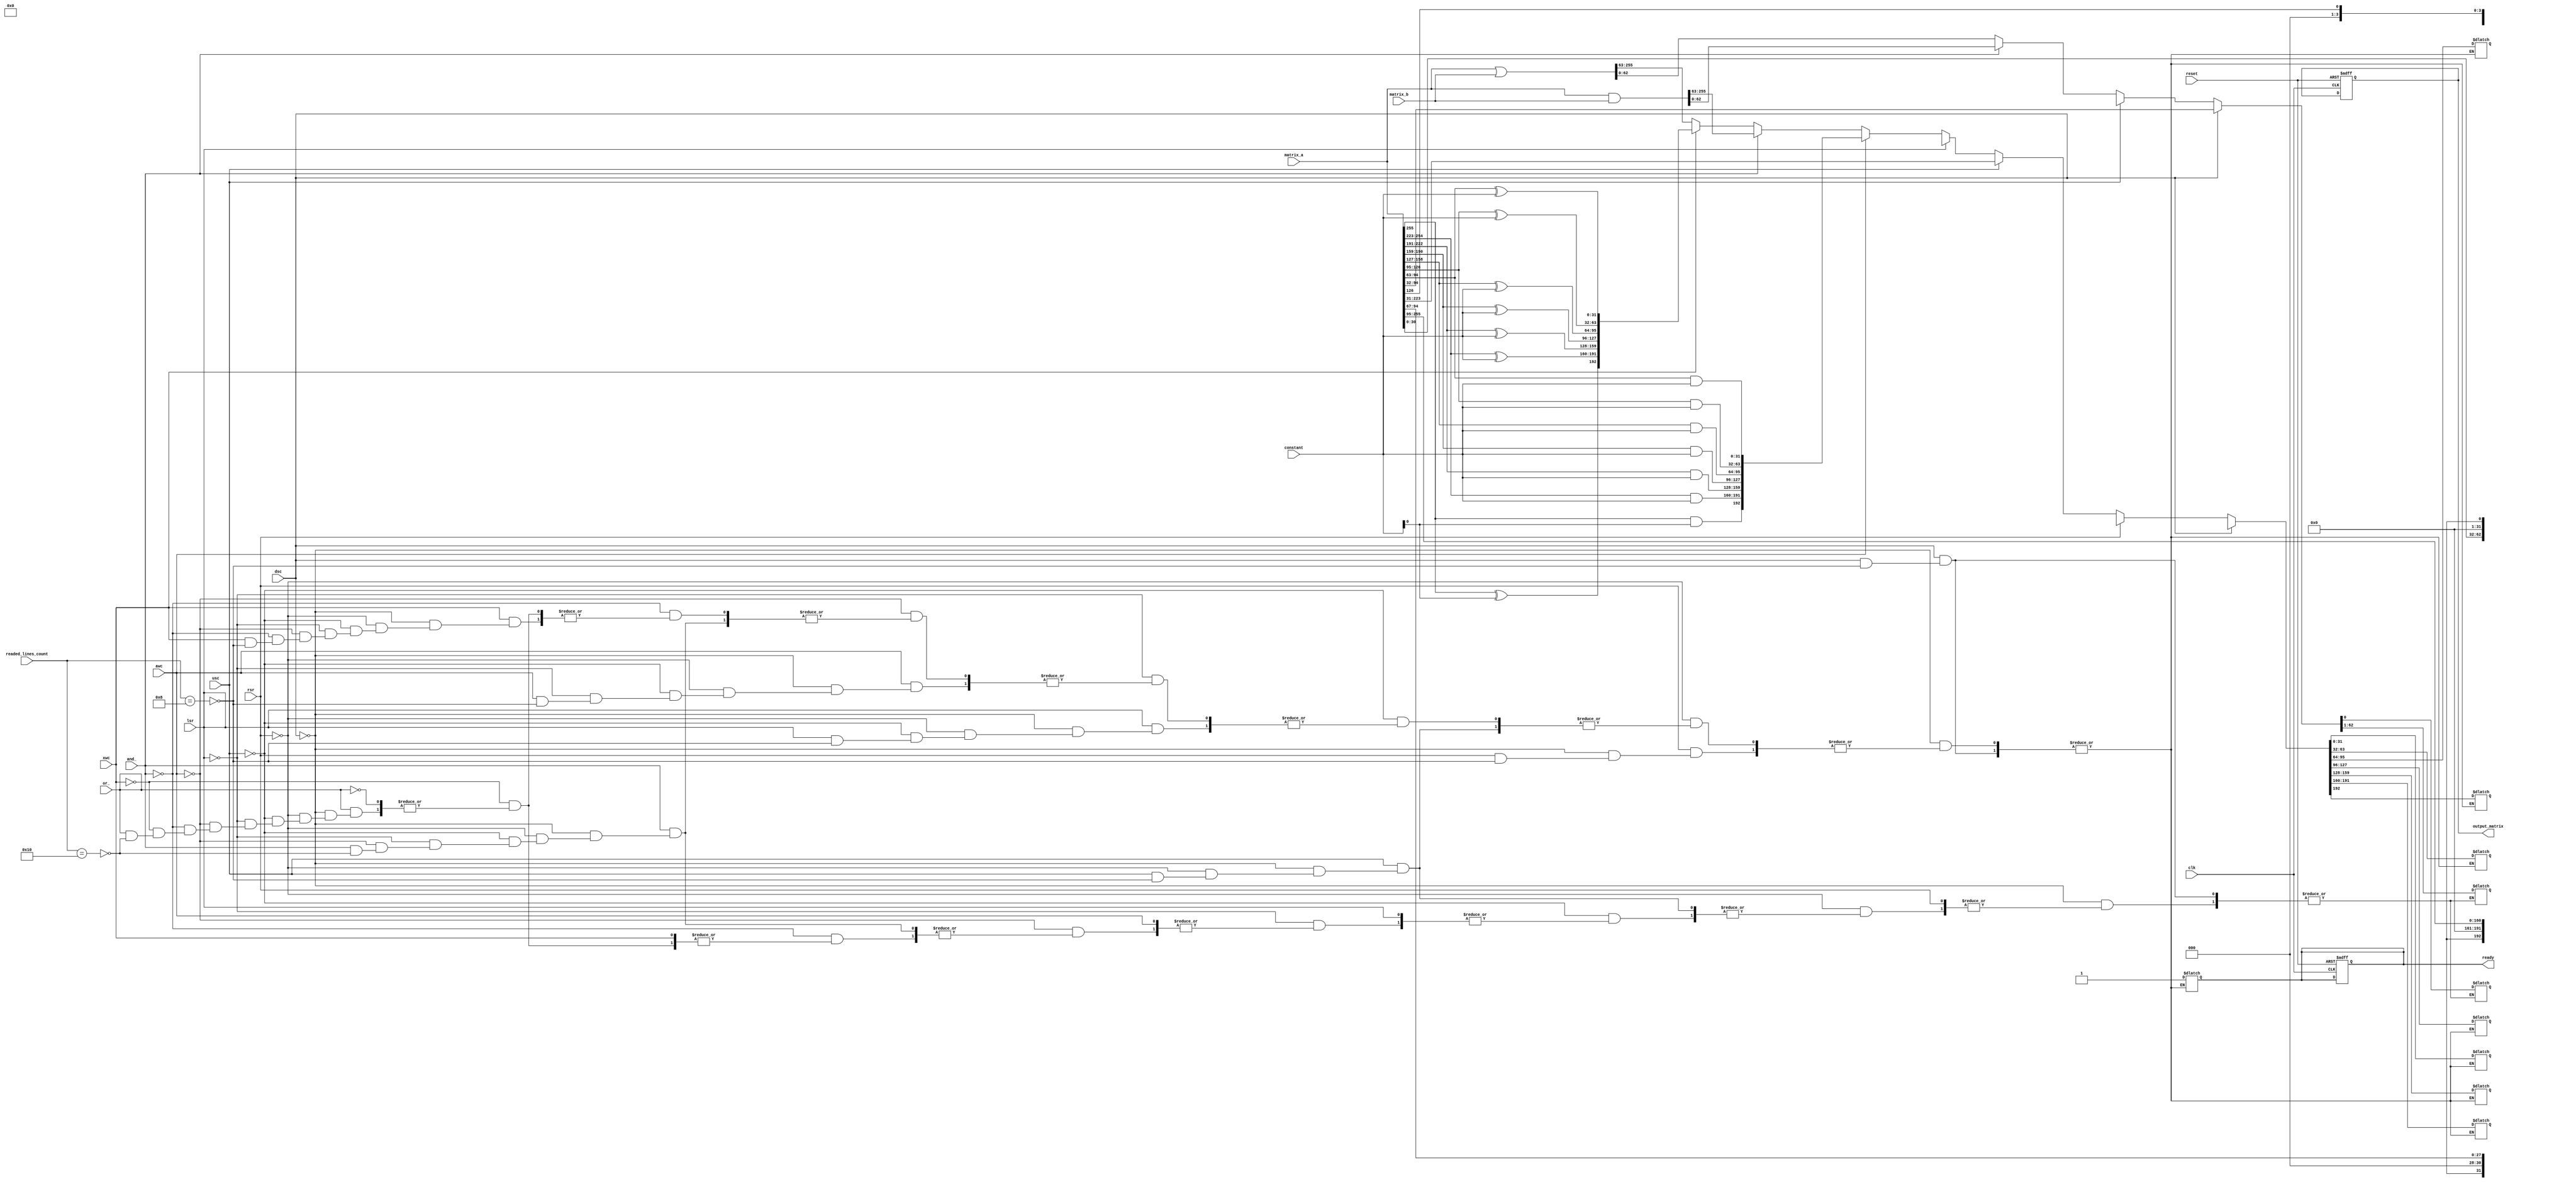
module logical_unit(
    input clk,
    input reset,
    input [7:0] readed_lines_count,
    input [255:0] matrix_a,
    input [255:0] matrix_b,
    input [31:0] constant,
    input dsc,
    input rsr,
    input usc,
    input lsr,
    input awc,
    input and_,
    input xwc,
    input or_,

    output reg ready,
    output reg [255:0] output_matrix

);

integer i;

reg [31:0] tmp_row;
reg [3:0] tmp_item;

always @(clk)
begin
    case (1)
        dsc: begin
            if (readed_lines_count == 8) begin
                tmp_row = matrix_a[0-:32];
                output_matrix = matrix_a >> 32;
                output_matrix[255+:32] = tmp_row;
                ready = 1;            
            end
        end
        rsr: begin
            if (readed_lines_count == 8) begin
                for (i = 0; i < 7; i = i + 1) begin
                    tmp_row = matrix_a[(255 - (32 * i))+:32];
                    tmp_item = tmp_row[0-:4];
                    tmp_row = tmp_row >> 4;
                    tmp_row[31+:4] = tmp_item;
                    output_matrix[(255 - (32 * i))+:32] = tmp_row;
                end
                ready = 1;
            end
        end
        usc: begin
            if (readed_lines_count == 8) begin
                tmp_row = matrix_a[255+:32];
                output_matrix = matrix_a << 32;
                output_matrix[0-:32] = tmp_row;
                ready = 1;
            end
        end
        lsr: begin
            if (readed_lines_count == 8) begin
                for (i = 0; i < 7; i = i + 1) begin
                    tmp_row = matrix_a[(255 - (32 * i))+:32];
                    tmp_item = tmp_row[31+:4];
                    tmp_row = tmp_row << 4;
                    tmp_row[0-:4] = tmp_item;
                    output_matrix[(255 - (32 * i))+:32] = tmp_row;
                end
                ready = 1;
            end
        end
        awc: begin
            if (readed_lines_count == 8) begin
                for (i = 0; i < 7; i = i + 1) begin
                    tmp_row = matrix_a[(255 - (32 * i))+:32];
                    tmp_row = tmp_row & constant;
                    output_matrix[(255 - (32 * i))+:32] = tmp_row;
                end
                ready = 1;
            end
        end
        and_: begin
            if (readed_lines_count == 16) begin
                output_matrix = matrix_a & matrix_b;
                ready = 1;
            end
        end
        xwc: begin
            if (readed_lines_count == 8) begin
                for (i = 0; i < 7; i = i + 1) begin
                    tmp_row = matrix_a[(255 - (32 * i))+:32];
                    tmp_row = tmp_row ^ constant;
                    output_matrix[(255 - (32 * i))+:32] = tmp_row;
                end
                ready = 1;
            end
        end
        or_: begin
            if (readed_lines_count == 16) begin
                output_matrix = matrix_a | matrix_b;
                ready = 1;
            end
        end
    endcase
end

always @(posedge clk or posedge reset) begin
    if (reset == 1)begin
        output_matrix = 0;
        ready = 0;
    end
end


endmodule